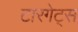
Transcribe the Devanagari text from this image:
टारगेट्स